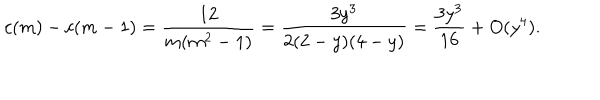
c ( m ) - c ( m - 1 ) = \frac { 1 2 } { m ( m ^ { 2 } - 1 ) } = \frac { 3 y ^ { 3 } } { 2 ( 2 - y ) ( 4 - y ) } = \frac { 3 y ^ { 3 } } { 1 6 } + O ( y ^ { 4 } ) .